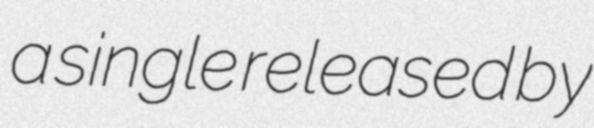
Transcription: a single released by